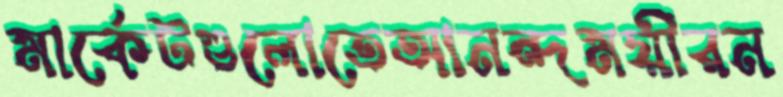
মার্কেটগুলোতেআনন্দময়ীরন